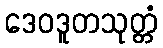
ဒေဝဒူတသုတ္တံ